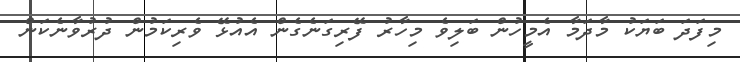
މިފަދަ ބަޔަކު މާދަމާ އެމީހުން ބަލިވެ މިހާރު ފޭރިގަނެގެން އެއުޅޭ ވެރިކަމުން ދުރުވާނެކަން